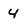
Character: 4